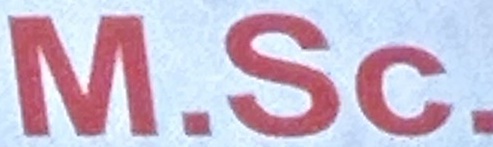
M.Sc.